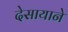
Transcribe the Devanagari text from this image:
देसायाने